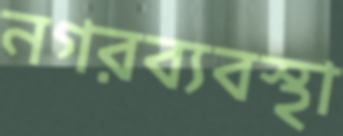
নগরব্যবস্থা